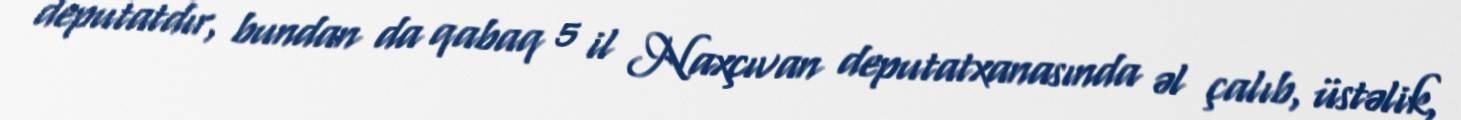
deputatdır, bundan da qabaq 5 il Naxçıvan deputatxanasında əl çalıb, üstəlik,